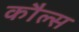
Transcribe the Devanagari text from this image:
कौल्स